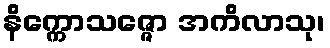
နိက္ကောသဇ္ဇော အကိလာသု၊